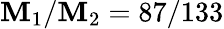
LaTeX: \mathbf{M}_{1}/\mathbf{M}_{2}=87/133